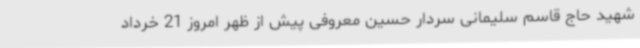
شهید حاج قاسم سلیمانی سردار حسین معروفی پیش از ظهر امروز 21 خرداد